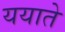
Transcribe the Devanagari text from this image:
ययाते